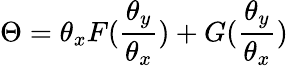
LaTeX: \Theta=\theta_{x}F({\frac{\theta_{y}}{\theta_{x}}})+G({\frac{\theta_{y}}{\theta_{x}}})